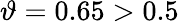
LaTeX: \vartheta=0.65>0.5